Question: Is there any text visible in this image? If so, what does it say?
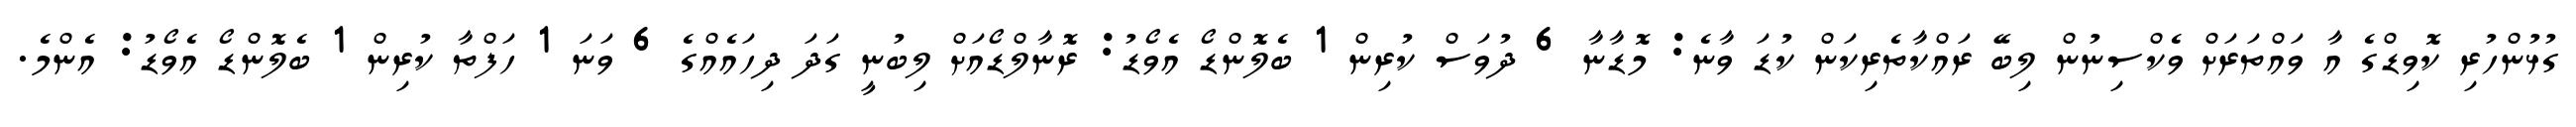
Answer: ގުޅުންހުރި ކޮވިޑްގެ އާ ވައްތަރަށް ވެކްސިނުން ލިބޭ ރައްކާތެރިކަން ކުޑަ ވާނެ: މޮޑާނާ 6 ދުވަސް ކުރިން 1 ބެލޮންޑޯ އެވޯޑު: ރޮނާލްޑޯއަށް ލިބުނީ ގަދަ ދިހައެއްގެ 6 ވަނަ 1 ހަފްތާ ކުރިން 1 ބެލޮންޑޯ އެވޯޑު: އެންމެ.